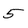
Character: 5